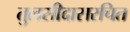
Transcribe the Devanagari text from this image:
तुलसीदासरचित